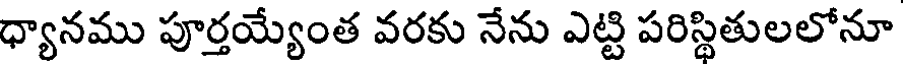
ధ్యానము పూర్తయ్యేంత వరకు నేను ఎట్టి పరిస్థితులలోనూ